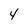
Character: 4